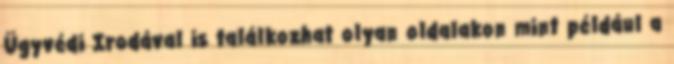
Ügyvédi Irodával is találkozhat olyan oldalakon mint például a